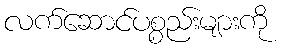
လက်ဆောင်ပစ္စည်းများကို